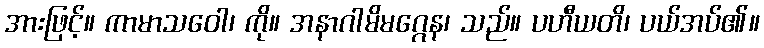
အားဖြင့်။ ကာမာသဝေါ၊ ကို။ အနာဂါမိမဂ္ဂေန၊ သည်။ ပဟီယတိ၊ ပယ်အပ်၏။